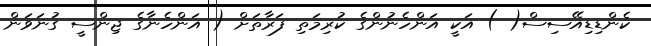
ކެންޑިޑިއޭސިސް( ) އަކީ އަންހެނުންގެ ކުރިމަތި ފަރާތަށް ( އަންހެނާގެ ޖިންސީ ގުނަވަން